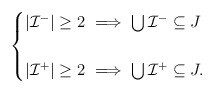
\begin{align*}\begin{cases}|\mathcal{I}^-|\geq 2\ \Longrightarrow\ \bigcup\mathcal{I}^-\subseteq J\\\\|\mathcal{I}^+|\geq 2\ \Longrightarrow\ \bigcup\mathcal{I}^+\subseteq J.\end{cases}\end{align*}